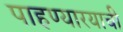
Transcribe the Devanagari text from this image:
पाहण्यारयाची